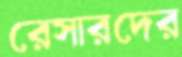
রেসারদের